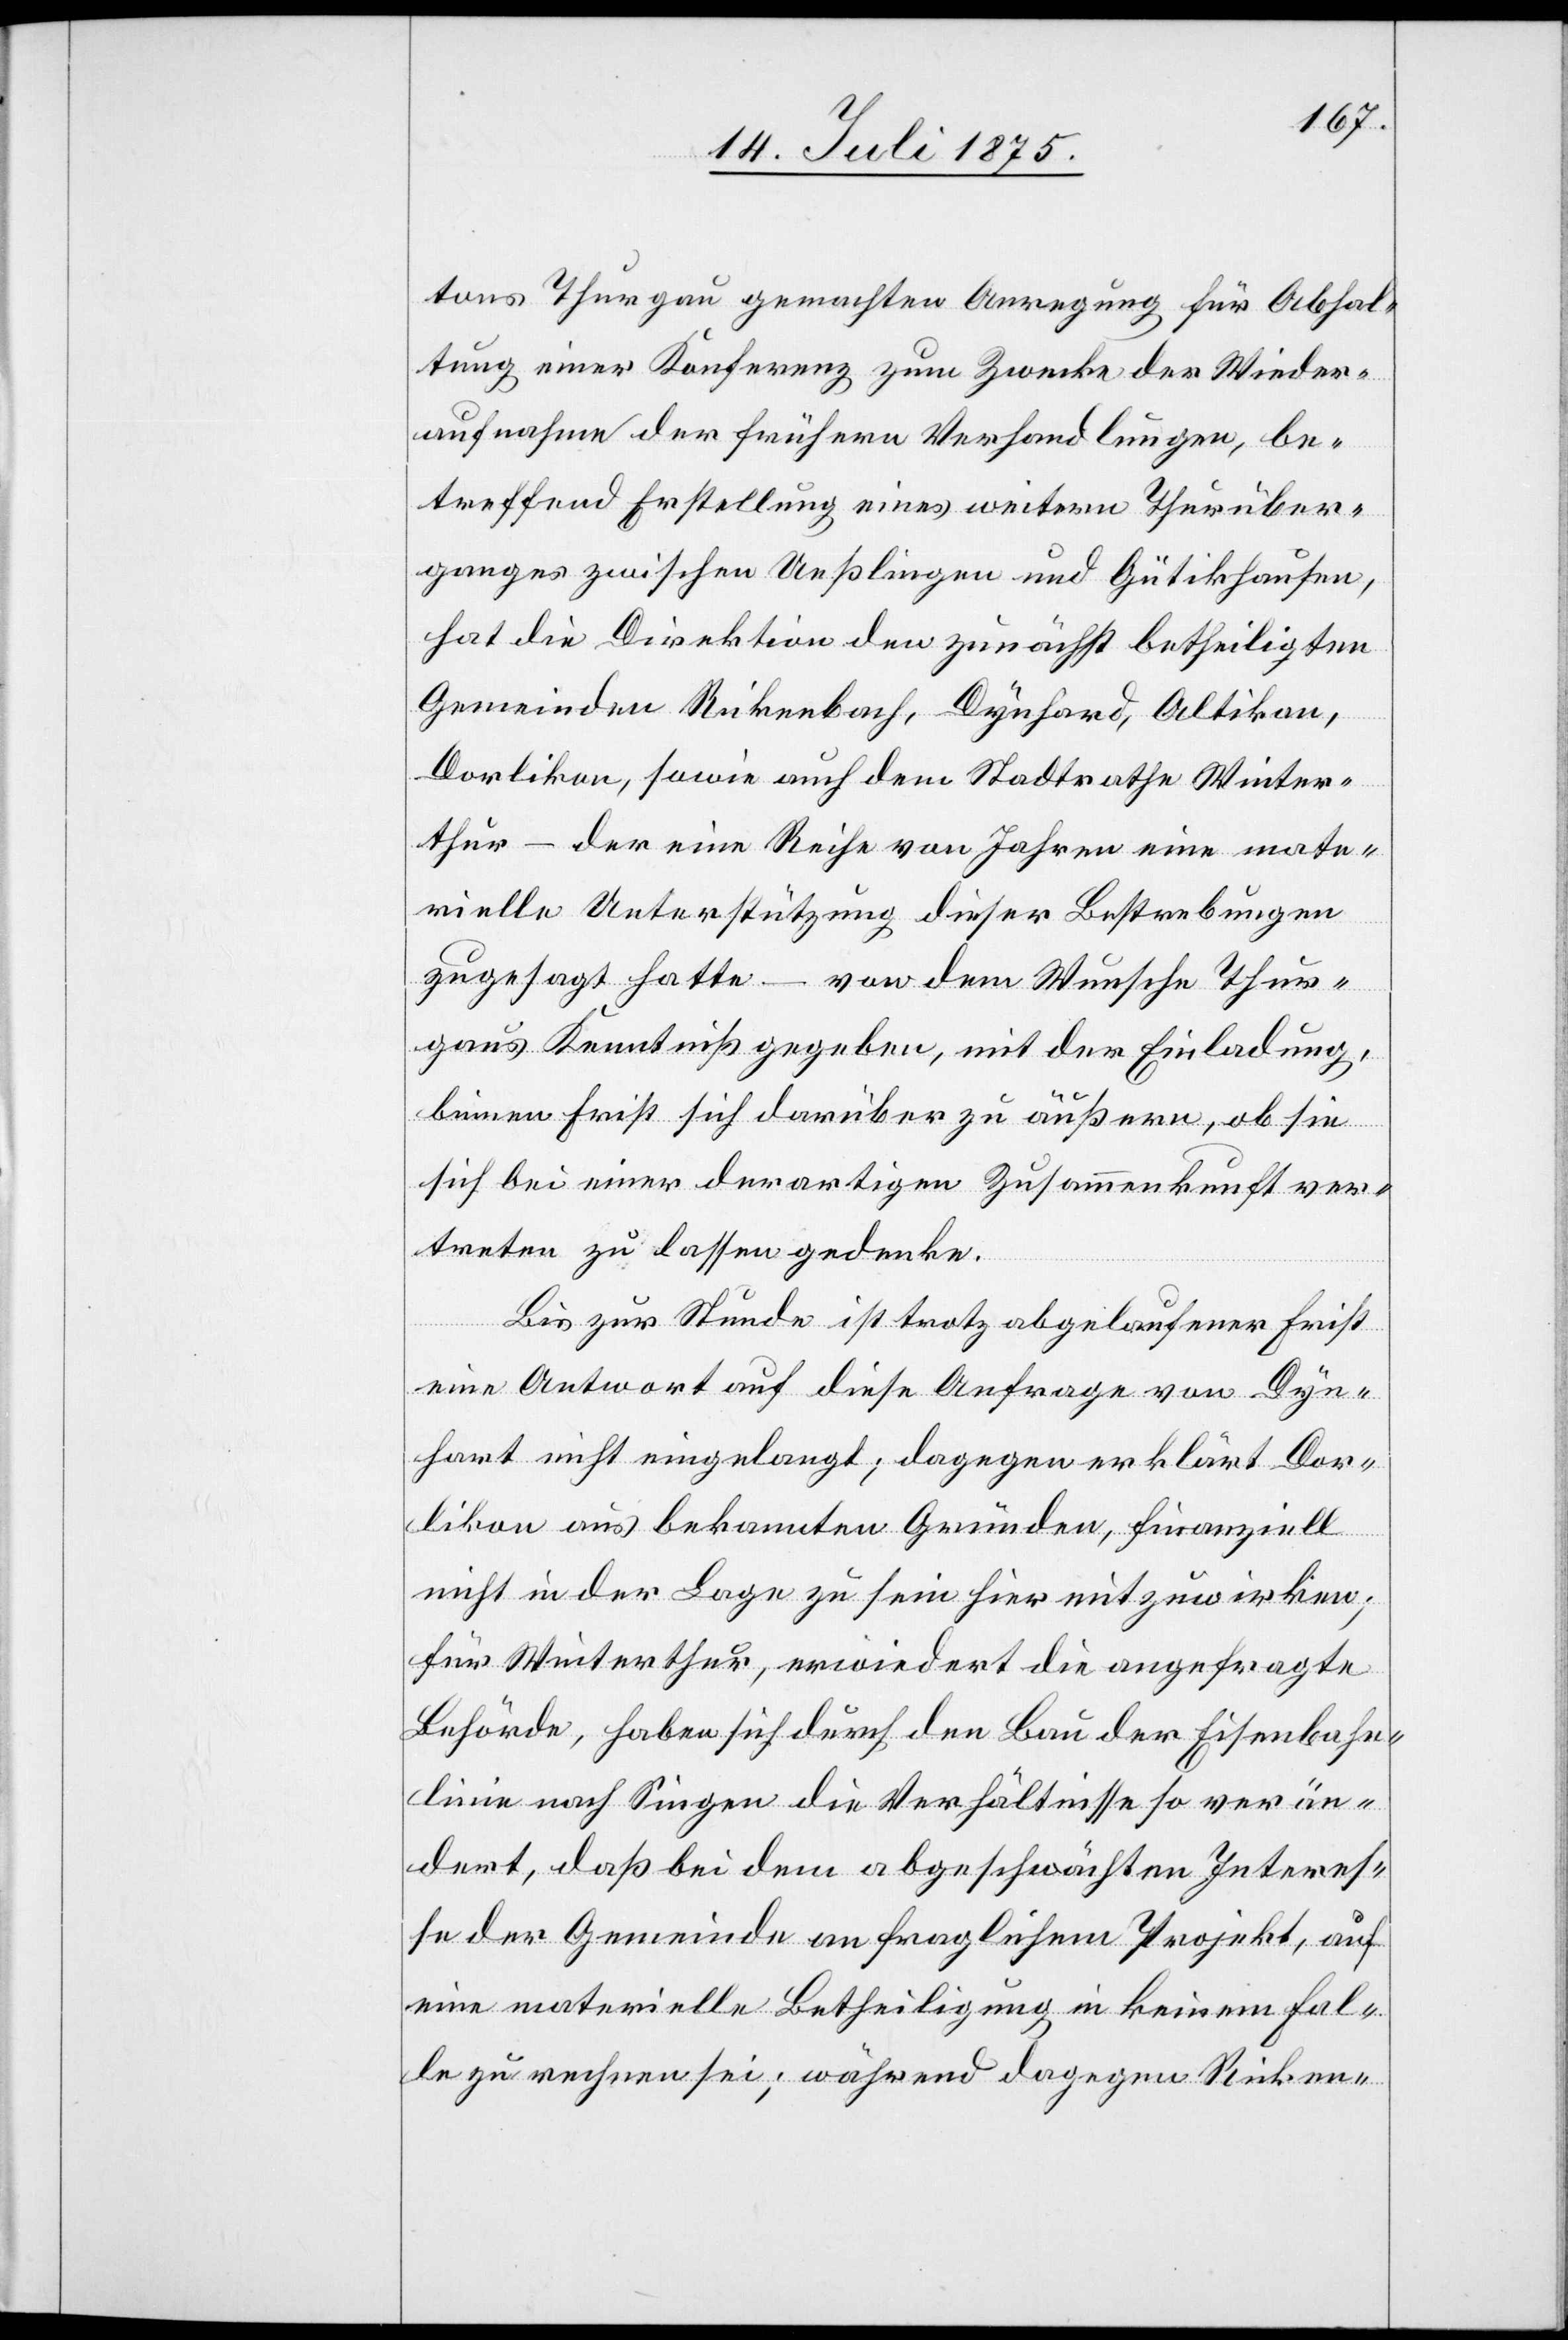
tons Thurgau gemachten Anregung für Abhal¬
tung einer Konferenz zum Zwecke der Wieder¬
aufnahme der frühern Verhandlungen, be¬
treffend Erstellung eines weitern Thurüber¬
ganges zwischen Ueßlingen und Gütikhausen,
hat die Direktion den zunächst betheiligten
Gemeinden Rickenbach, Dynhard, Altikon,
Dorlikon, sowie auch dem Stadtrathe Winter¬
thur – der eine Reihe von Jahren eine mate¬
rielle Unterstützung dieser Bestrebungen
zugesagt hatte – von dem Wunsche Thur¬
gaus Kenntniß gegeben, mit der Einladung,
binnen Frist sich darüber zu äußern, ob sie
sich bei einer derartigen Zusammenkunft ver¬
treten zu lassen gedenke.
Bis zur Stunde ist trotz abgelaufener Frist
eine Antwort auf diese Anfrage von Dyn¬
hard nicht eingelangt; dagegen erklärt Dor¬
likon aus bekannten Gründen, finanziell
nicht in der Lage zu sein hier mitzuwirken;
für Winterthur, erwiedert die angefragte
Behörde, haben sich durch den Bau der Eisenbahn¬
linie nach Singen die Verhältnisse so verän¬
dert, daß bei dem abgeschwächten Interes¬
se der Gemeinde an fraglichem Projekt, auf
eine materielle Betheiligung in keinem Fal¬
le zu rechnen sei; während dagegen Ricken-